Report on vaccination in the Province of Bengal - 1869-1873
Year: 1869
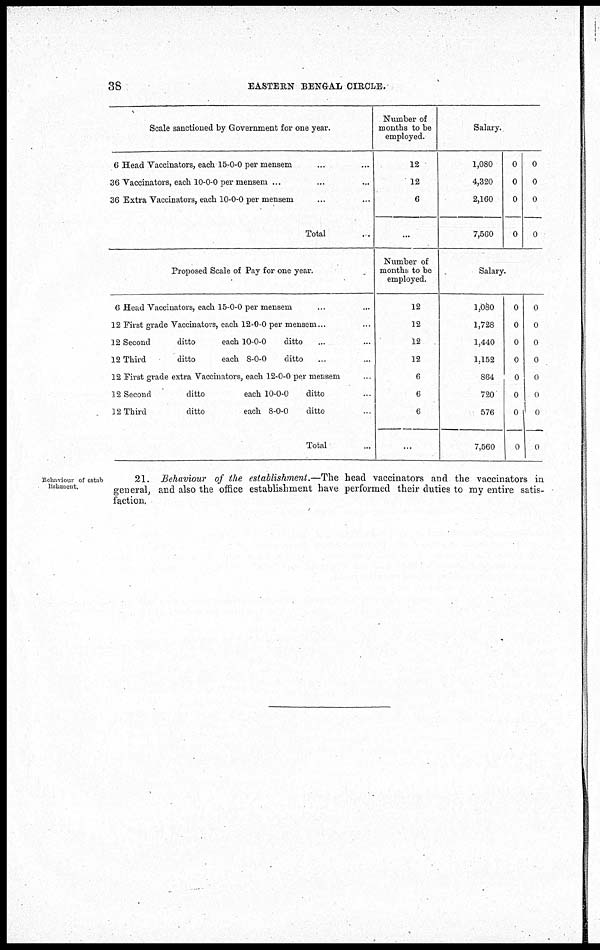
38
EASTERN BENGAL CIRCLE.
Scale sanctioned by Government for one year.
6 Head Vaccinators, each 15-0-0 per mensem ... ...
36 Vaccinators, each 10-0-0 per mensem ... ...
36 Extra Vaccinators, each 10-0-0 per mensem ... ...
Total ...
Proposed Scale of Pay for one year.
6 Head Vaccinators, each 15-0-0 per mensem ... ...
12 First grade Vaccinators, each 12-0-0 per mensem...
12 Second
ditto
each 10-0-0
ditto ... ...
12 Third
ditto
each 8-0-0
ditto ... ...
12 First grade extra Vaccinators, each 12-0-0 per mensem ...
12 Second
ditto
each 10-0-0
ditto ...
12 Third
ditto
each 8-0-0
ditto ...
Total
Number of
months to be
employed.
12
12
6
...
Number of
months to be
employed.
12
12
12
12
6
6
6
...
Salary.
1,080
4,320
2,160
7,560
0
0
0
0
0
0
0
0
Salary
1,080
1,728
1,440
1,152
864
720
576
7,560
0
0
0
0
0
0
0
0
0
0
0
0
0
0
0
0
Behaviour of estab
lishment.
21. Behaviour of the establishment.—The head vaccinators and the vaccinators in
general, and also the office establishment have performed their duties to my entire satis-
faction.